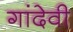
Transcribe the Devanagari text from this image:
गांदेवी